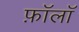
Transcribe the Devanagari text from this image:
फ़ॉलॉ